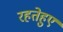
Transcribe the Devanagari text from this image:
रहतेहुए